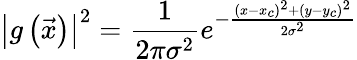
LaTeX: \left|g\left(\vec{x}\right)\right|^{2}=\frac{1}{2\pi\sigma^{2}}e^{-\frac{\left(x-x_{c}\right)^{2}+\left(y-y_{c}\right)^{2}}{2\sigma^{2}}}